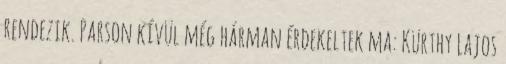
rendezik. Parson kívül még hárman érdekeltek ma: Kürthy Lajos